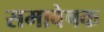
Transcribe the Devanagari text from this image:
समावेषक